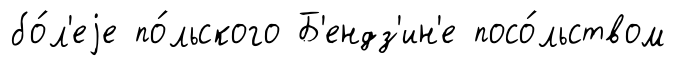
бо́л'еjе по́льского Б'ендз'ин'е посо́льством